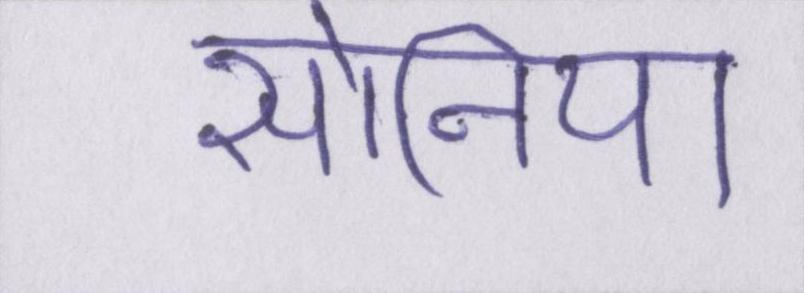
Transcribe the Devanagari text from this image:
सोनिया